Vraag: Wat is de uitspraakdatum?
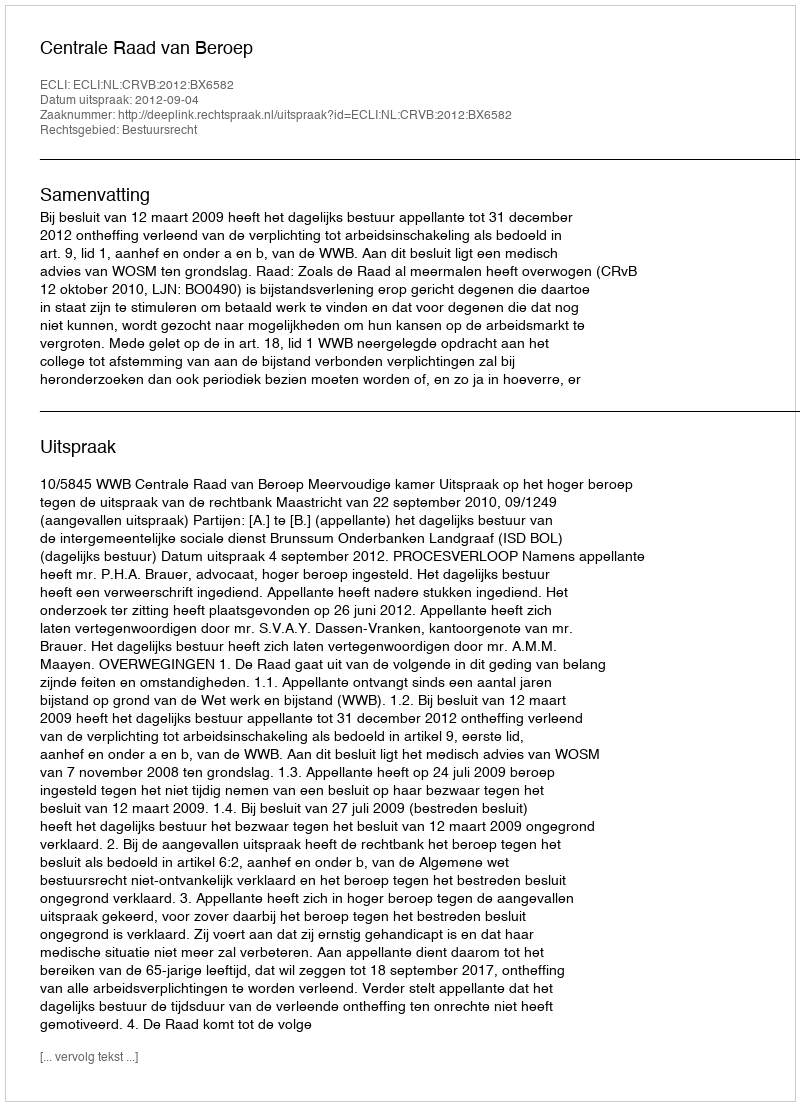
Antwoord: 2012-09-04